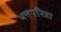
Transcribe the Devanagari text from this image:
भत्तपरिन्ना